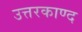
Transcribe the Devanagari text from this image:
उत्तरकाण्द